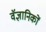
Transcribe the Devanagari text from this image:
वॅज्ञानिकों